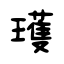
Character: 瓁